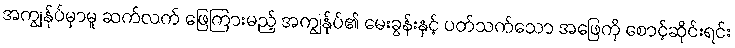
အကျွန်ုပ်မှာမူ ဆက်လက် ဖြေကြားမည့် အကျွန်ုပ်၏ မေးခွန်းနှင့် ပတ်သက်သော အဖြေကို စောင့်ဆိုင်းရင်း